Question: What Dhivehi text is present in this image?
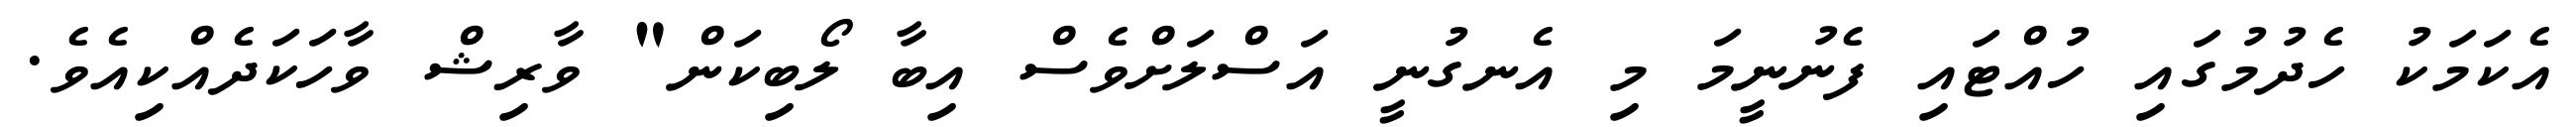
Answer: އެކަމަކު ހެދުމުގައި ހުއްޓައި ފެނުނީމަ މި އެނގުނީ އަސްލަށްވެސް އިބާ ލޯބިކަން" ވާރިޝް ވާހަކަދެއްކިއެވެ.